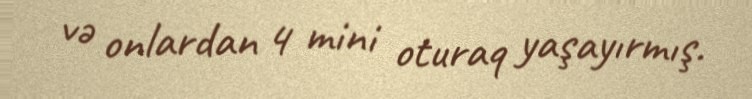
və onlardan 4 mini oturaq yaşayırmış.